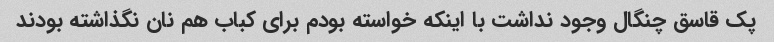
پک قاسق چنگال وجود نداشت با اینکه خواسته بودم برای کباب هم نان نگذاشته بودند